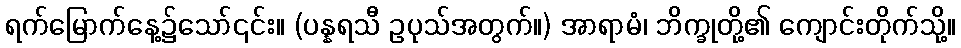
ရက်မြောက်နေ့၌သော်၎င်း။ (ပန္နရသီ ဥပုသ်အတွက်။) အာရာမံ၊ ဘိက္ခုတို့၏ ကျောင်းတိုက်သို့။